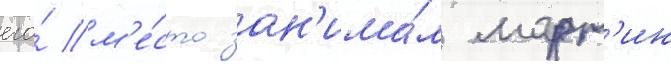
его́ м'е́сто зан'има́л март'ин